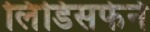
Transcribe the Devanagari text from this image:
लिंडिसफेर्न